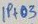
Text: IP+03